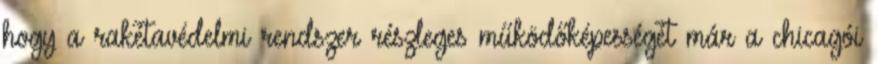
hogy a rakétavédelmi rendszer részleges működőképességét már a chicagói